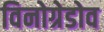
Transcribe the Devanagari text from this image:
विनोग्रेडोव